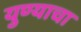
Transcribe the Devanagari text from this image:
युण्याचा